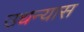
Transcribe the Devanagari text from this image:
उधन्यास